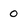
Character: o